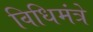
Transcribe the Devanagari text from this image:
विधिमंत्रे